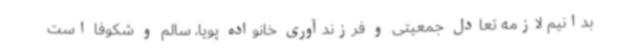
بدانیم لازمه تعادل جمعیتی و فرزندآوری خانواده پویا، سالم و شکوفا است